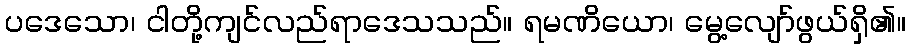
ပဒေသော၊ ငါတို့ကျင်လည်ရာဒေသသည်။ ရမဏိယော၊ မွေ့လျော်ဖွယ်ရှိ၏။